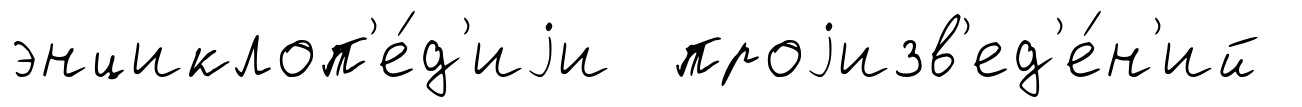
энциклоп'е́д'иjи проjизв'ед'е́н'ий